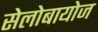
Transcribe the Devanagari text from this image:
सेलोबायोज